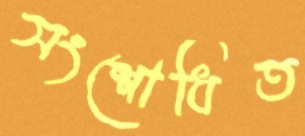
সংশোধিত